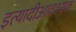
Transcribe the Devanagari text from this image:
इत्यादीआवश्यक